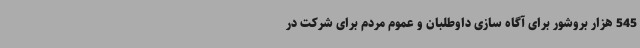
545 هزار بروشور برای آگاه سازی داوطلبان و عموم مردم برای شرکت در